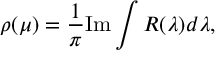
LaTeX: \rho ( \mu ) = \frac { 1 } { \pi } \mathrm { I m } \int R ( \lambda ) d \lambda ,